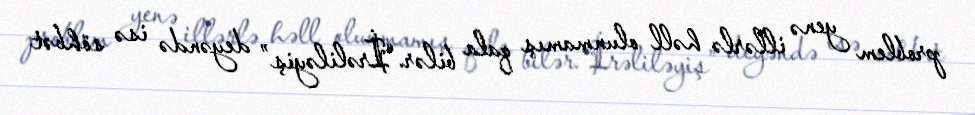
problem yenə illərlə həll olunmamış qala bilər.“İrəliləyiş” deyəndə isə söhbət